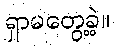
ရှာမတွေ့ခဲ့။